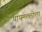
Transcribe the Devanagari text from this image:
पायमल्लीला